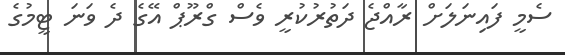
ސެމީ ފައިނަލަށް ރާއްޖެ ދަތުރުކުރީ ވެސް ގްރޫޕް އޭގެ ދެ ވަނަ ޓީމުގެ